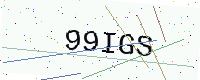
Text: 99IGS